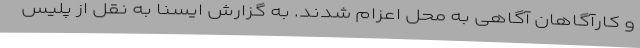
و کارآگاهان آگاهی به محل اعزام شدند. به گزارش ایسنا به نقل از پلیس